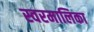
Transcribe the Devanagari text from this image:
स्वरमालिका